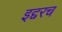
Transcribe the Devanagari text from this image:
इद्दरच